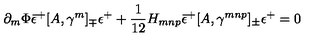
\partial _ { m } \Phi { \bar { \epsilon } ^ { + } } [ A , \gamma ^ { m } ] _ { \mp } \epsilon ^ { + } + \frac { 1 } { 1 2 } H _ { m n p } { \bar { \epsilon } ^ { + } } [ A , \gamma ^ { m n p } ] _ { \pm } \epsilon ^ { + } = 0